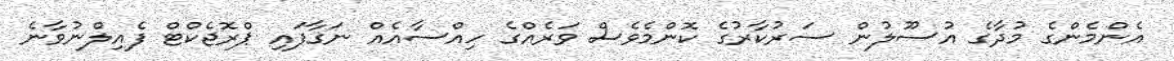
އެންމެންގެ މުދާގެ އުސޫލުން ސަރުކާރުގެ ކޮންމެވެސް ވަރެއްގެ ހިއްސާއެއް ނަގާފައި ޕްރޮޖެކްޓް ފެއިލްނުވާނެ